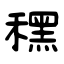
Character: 䆀